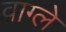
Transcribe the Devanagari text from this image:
वाग्ले